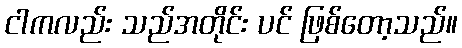
ငါကလည်း သည်အတိုင်း ပင် ဖြစ်တော့သည်။